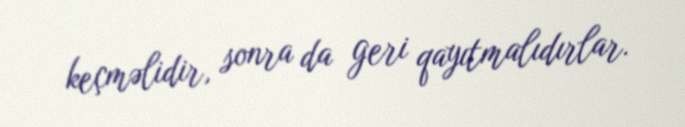
keçməlidir, sonra da geri qayıtmalıdırlar.